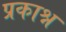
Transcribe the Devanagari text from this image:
प्रकाश्न